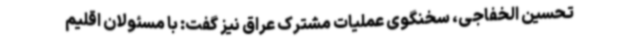
تحسین الخفاجی، سخنگوی عملیات مشترک عراق نیز گفت: با مسئولان اقلیم